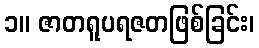
၁။ ဇာတရူပရဇတဖြစ်ခြင်း၊